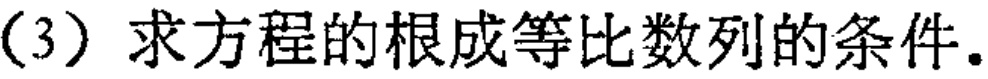
(3) 求方程的根成等比数列的条件.